Lunatic asylums in Bengal annual reports 1912-1924 - 1912-1924
Year: 1912
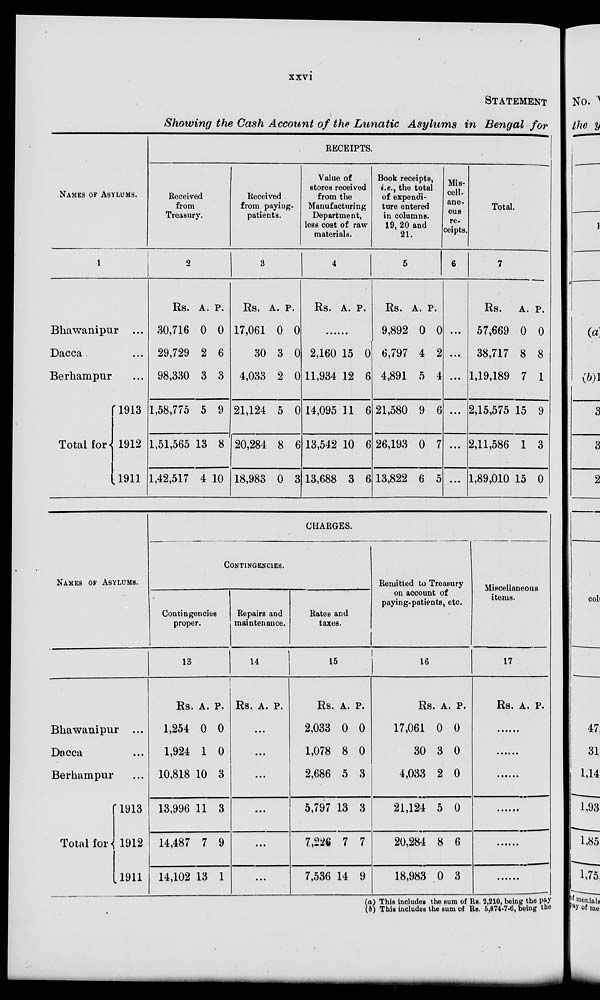
xxvi
STATEMENT
Showing the Cash Account of the Lunatic Asylums in Bengal for
NAMES OF ASYLUMS.
1
Bhawanipur ...
Dacca
...
Berhampur ...
Total for
1913
1912
1911
RECEIPTS.
Received
from
Treasury.
2
Rs.
30,716
29,729
98,330
1,58,775
1,51,565
1,42,517
A.
0
2
3
5
13
4
P.
0
6
3
9
8
10
Received
from paying-
patients.
3
Rs.
17,061
30
4,033
21,124
20,284
18,983
A.
0
3
2
5
8
0
P.
0
0
0
0
6
3
Value of
stores received
from the
Manufacturing
Department,
less cost of raw
materials.
4
Rs. A. P.
......
2,160
11,934
14,095
13,542
13,688
15
12
11
10
3
0
6
6
6
6
Book receipts,
i.e., the total
of expendi-
ture entered
in columns.
19, 20 and
21.
5
Rs.
9,892
6,797
4,891
21,580
26,193
13,822
A.
0
4
5
9
0
6
P.
0
2
4
6
7
5
Mis¬
cell¬
ane¬
ous
re-
ceipts.
6
...
...
...
...
...
...
Total.
7
Rs.
57,669
38,717
1,19,189
2,15,575
2,11,586
1,89,010
A.
0
8
7
15
1
15
P.
0
8
1
9
3
0
NAMES OF ASYLUMS.
Bhawanipur ...
Dacca ...
Berhampur ...
Total for
1913
1912
1911
CHARGES.
CONTINGENCIES.
Contingencies
proper.
13
Rs.
1,254
1,924
10,818
13,996
14,487
14,102
A.
0
1
10
11
7
13
P.
0
0
3
3
9
1
Repairs and
maintenance.
14
Rs. A. P.
...
...
...
...
...
...
Rates and
taxes.
15
Rs.
2,033
1,078
2,686
5,797
7,226
7,536
A.
0
8
5
13
7
14
P.
0
0
3
3
7
9
Remitted to Treasury
on account of
paying-patients, etc.
16
Rs.
17,061
30
4,033
21,124
20,284
18,983
A.
0
3
2
5
8
0
P.
0
0
0
0
6
3
Miscellaneous
items.
17
Rs. A. P.
......
......
......
......
......
......
(a) This includes the sum of Rs. 2,210, being the pay
(b) This includes the sum of Rs. 5,874-7-6, being the